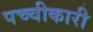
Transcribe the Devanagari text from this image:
पच्‍चीकारी